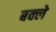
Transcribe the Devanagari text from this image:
बक्ले